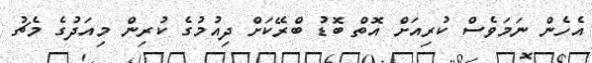
އެހެން ނަމަވެސް ކުރިއަށް އޮތް ބޮޑު ބްރޭކަށް ދިއުމުގެ ކުރިން މިއަދުގެ މެޗު